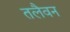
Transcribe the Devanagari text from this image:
तलैवन